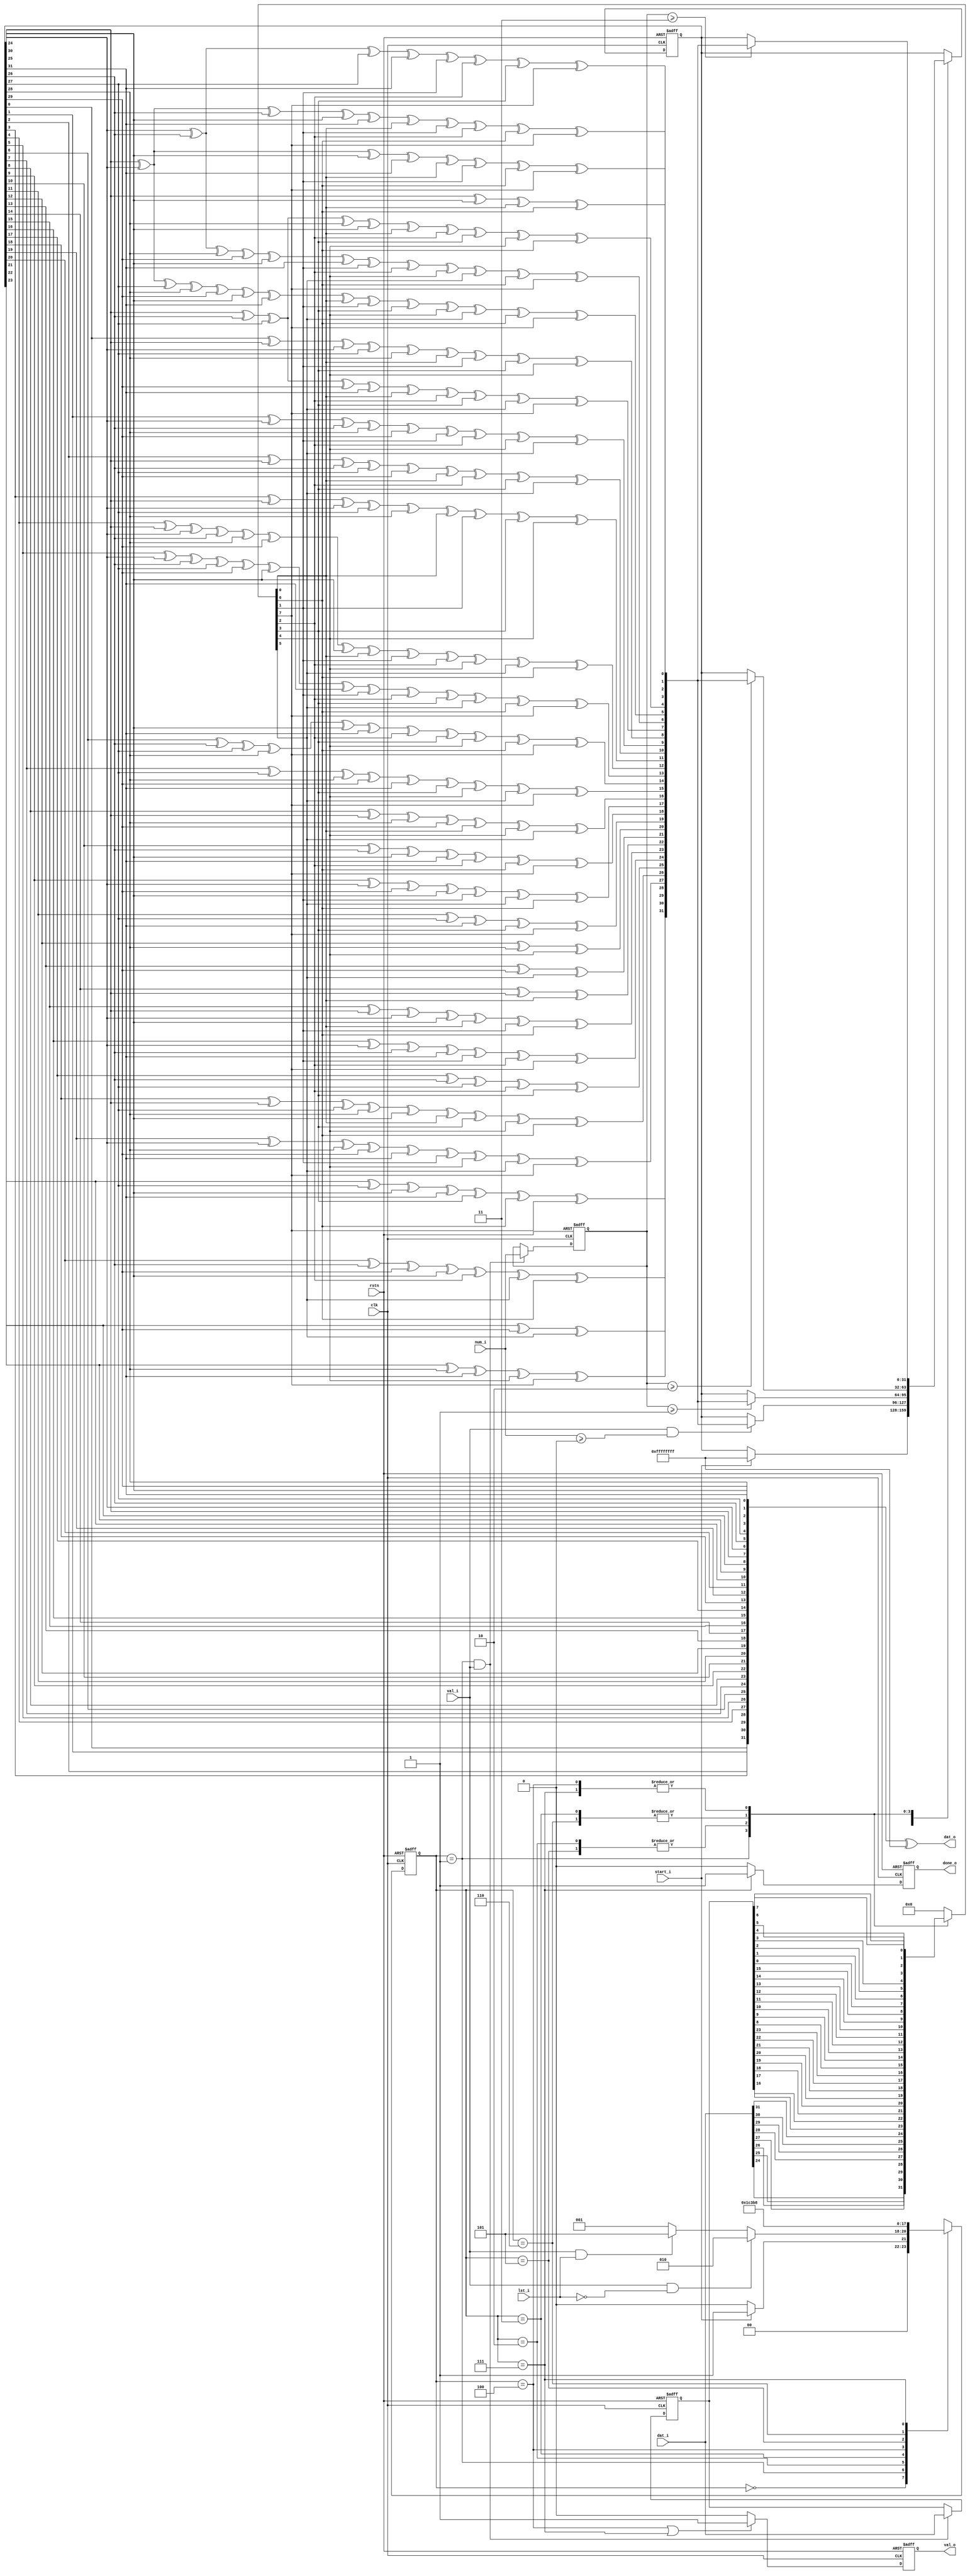
//------------------------------------------------------------------------------
  //
  //  Filename      : 
  //  Description   : 
  //  Author        : 
  //  Email         :
  //  Created       : xxxx-xx-xx
  //
//------------------------------------------------------------------------------

module crc32_core(
  clk    ,
  rstn   ,
  //
  start_i,
  val_i  ,
  dat_i  ,
  num_i  ,
  lst_i  ,
  //
  done_o ,
  val_o  ,
  dat_o
  );

//***   PARAMETER   ***********************************************************
  localparam DATA_WD    = 'd32;
  localparam NUM_WD     = 'd2 ;
  localparam CRC32_WD   = 'd32;

  // din process
  localparam DIN_WD     = 'd8 ;

  // fsm
  localparam FSM_WD     =  'd3;
  localparam IDLE       = 3'd0;
  localparam ACTV       = 3'd1;
  localparam PROC_2     = 3'd2;
  localparam PROC_3     = 3'd3;
  localparam PROC_4     = 3'd4;
  localparam LAST_2     = 3'd5;
  localparam LAST_3     = 3'd6;
  localparam LAST_4     = 3'd7;

//***   INPUT / OUTPUT   ******************************************************
  //
  input                         clk            ;
  input                         rstn           ;
  //
  input                         start_i        ;
  input                         val_i          ;
  input      [DATA_WD    -1 :0] dat_i          ;
  input      [NUM_WD     -1 :0] num_i          ; // means 1/2/3/4 most significant bytes are valid
  input                         lst_i          ;
  //
  output reg                    done_o         ;
  output reg                    val_o          ;
  output     [DATA_WD    -1 :0] dat_o          ;

//***   WIRE / REG   **********************************************************
  // fsm
  reg        [FSM_WD     -1 :0] cur_state_r    ;
  reg        [FSM_WD     -1 :0] nxt_state_w    ;

  // dat_i and num_i buffer
  reg        [DATA_WD    -1 :0] dat_i_buf_r    ;
  reg        [NUM_WD     -1 :0] num_i_buf_r    ;

  // crc32 and din in normal order
  reg        [DIN_WD     -1 :0] din_nrm_w      ;
  reg        [CRC32_WD   -1 :0] crc32_nrm_cur_r;
  reg        [CRC32_WD   -1 :0] crc32_nrm_nxt_w;

  // crc32 in reversed order
  wire       [CRC32_WD   -1 :0] crc32_rvs_cur_w;

//***   MAIN BODY   ***********************************************************
//---   FSM   ---------------------------------------------
  // curr state
  always @(posedge clk or negedge rstn) begin
    if (!rstn) begin
      cur_state_r <= IDLE;
    end
    else begin
      cur_state_r <= nxt_state_w;
    end
  end

  // next state
  always @(*) begin
    nxt_state_w = IDLE;
    case (cur_state_r)
      IDLE   : if (start_i)             nxt_state_w = ACTV  ;
               else                     nxt_state_w = IDLE  ;
      ACTV   : if (val_i && !lst_i)     nxt_state_w = PROC_2;
               else if (val_i && lst_i) nxt_state_w = LAST_2;
               else                     nxt_state_w = ACTV  ;
      PROC_2 :                          nxt_state_w = PROC_3;
      PROC_3 :                          nxt_state_w = PROC_4;
      PROC_4 :                          nxt_state_w = ACTV  ;
      LAST_2 :                          nxt_state_w = LAST_3;
      LAST_3 :                          nxt_state_w = LAST_4;
      LAST_4 :                          nxt_state_w = IDLE  ;
      default:                          nxt_state_w = IDLE  ;
    endcase
  end

//---   PREPARE   -----------------------------------------
  // dat_i and num_i buffer
  always @(posedge clk or negedge rstn) begin
    if (!rstn) begin
      dat_i_buf_r <= 'd0;
      num_i_buf_r <= 'd0;
    end
    else if (cur_state_r == ACTV && val_i) begin
      dat_i_buf_r <= dat_i;
      num_i_buf_r <= num_i;
    end
  end

  // reversed order dat_i/buf_r[31:24], [23:16], [15:8], [7:0] mapped to normal order din_nrm_w[7:0]
  always @(*) begin
    din_nrm_w = 'd0;
    case (cur_state_r)
      ACTV           : din_nrm_w = {dat_i[24]      , dat_i[25]      , dat_i[26]      , dat_i[27]      , dat_i[28]      , dat_i[29]      , dat_i[30]      , dat_i[31]      }; // look ahead
      PROC_2, LAST_2 : din_nrm_w = {dat_i_buf_r[16], dat_i_buf_r[17], dat_i_buf_r[18], dat_i_buf_r[19], dat_i_buf_r[20], dat_i_buf_r[21], dat_i_buf_r[22], dat_i_buf_r[23]};
      PROC_3, LAST_3 : din_nrm_w = {dat_i_buf_r[ 8], dat_i_buf_r[ 9], dat_i_buf_r[10], dat_i_buf_r[11], dat_i_buf_r[12], dat_i_buf_r[13], dat_i_buf_r[14], dat_i_buf_r[15]};
      PROC_4, LAST_4 : din_nrm_w = {dat_i_buf_r[ 0], dat_i_buf_r[ 1], dat_i_buf_r[ 2], dat_i_buf_r[ 3], dat_i_buf_r[ 4], dat_i_buf_r[ 5], dat_i_buf_r[ 6], dat_i_buf_r[ 7]};
      default: din_nrm_w = 'd0;
    endcase
  end

//---   CALC   --------------------------------------------
  // normal order crc32_nrm_cur_r[31:0]
  always @(posedge clk or negedge rstn) begin
    if (!rstn) begin
      crc32_nrm_cur_r <= 32'h0;
    end
    else begin
      case (cur_state_r)
        IDLE           : if (start_i)               crc32_nrm_cur_r <= 32'hffff_ffff  ;
        ACTV           : if (val_i && num_i >= 'd0) crc32_nrm_cur_r <= crc32_nrm_nxt_w; // look ahead
        PROC_2, LAST_2 : if (num_i_buf_r >= 'd1)    crc32_nrm_cur_r <= crc32_nrm_nxt_w;
        PROC_3, LAST_3 : if (num_i_buf_r >= 'd2)    crc32_nrm_cur_r <= crc32_nrm_nxt_w;
        PROC_4, LAST_4 : if (num_i_buf_r >= 'd3)    crc32_nrm_cur_r <= crc32_nrm_nxt_w;
        default: ;
      endcase
    end
  end

  // crc32_nrm_nxt_w[31:0] calculated according to crc32_nrm_cur_r[31:0] and din_nrm_w[7:0]
  // poly is 0x04C11DB7, these codes are modified according to easics crc generation tool
  always @(*) begin
    crc32_nrm_nxt_w[ 0] = crc32_nrm_cur_r[24] ^ crc32_nrm_cur_r[30] ^ din_nrm_w[0] ^ din_nrm_w[6];
    crc32_nrm_nxt_w[ 1] = crc32_nrm_cur_r[24] ^ crc32_nrm_cur_r[25] ^ crc32_nrm_cur_r[30] ^ crc32_nrm_cur_r[31] ^ din_nrm_w[0] ^ din_nrm_w[1] ^ din_nrm_w[6] ^ din_nrm_w[7];
    crc32_nrm_nxt_w[ 2] = crc32_nrm_cur_r[24] ^ crc32_nrm_cur_r[25] ^ crc32_nrm_cur_r[26] ^ crc32_nrm_cur_r[30] ^ crc32_nrm_cur_r[31] ^ din_nrm_w[0] ^ din_nrm_w[1] ^ din_nrm_w[2] ^ din_nrm_w[6] ^ din_nrm_w[7];
    crc32_nrm_nxt_w[ 3] = crc32_nrm_cur_r[25] ^ crc32_nrm_cur_r[26] ^ crc32_nrm_cur_r[27] ^ crc32_nrm_cur_r[31] ^ din_nrm_w[1] ^ din_nrm_w[2] ^ din_nrm_w[3] ^ din_nrm_w[7];
    crc32_nrm_nxt_w[ 4] = crc32_nrm_cur_r[24] ^ crc32_nrm_cur_r[26] ^ crc32_nrm_cur_r[27] ^ crc32_nrm_cur_r[28] ^ crc32_nrm_cur_r[30] ^ din_nrm_w[0] ^ din_nrm_w[2] ^ din_nrm_w[3] ^ din_nrm_w[4] ^ din_nrm_w[6];
    crc32_nrm_nxt_w[ 5] = crc32_nrm_cur_r[24] ^ crc32_nrm_cur_r[25] ^ crc32_nrm_cur_r[27] ^ crc32_nrm_cur_r[28] ^ crc32_nrm_cur_r[29] ^ crc32_nrm_cur_r[30] ^ crc32_nrm_cur_r[31] ^ din_nrm_w[0] ^ din_nrm_w[1] ^ din_nrm_w[3] ^ din_nrm_w[4] ^ din_nrm_w[5] ^ din_nrm_w[6] ^ din_nrm_w[7];
    crc32_nrm_nxt_w[ 6] = crc32_nrm_cur_r[25] ^ crc32_nrm_cur_r[26] ^ crc32_nrm_cur_r[28] ^ crc32_nrm_cur_r[29] ^ crc32_nrm_cur_r[30] ^ crc32_nrm_cur_r[31] ^ din_nrm_w[1] ^ din_nrm_w[2] ^ din_nrm_w[4] ^ din_nrm_w[5] ^ din_nrm_w[6] ^ din_nrm_w[7];
    crc32_nrm_nxt_w[ 7] = crc32_nrm_cur_r[24] ^ crc32_nrm_cur_r[26] ^ crc32_nrm_cur_r[27] ^ crc32_nrm_cur_r[29] ^ crc32_nrm_cur_r[31] ^ din_nrm_w[0] ^ din_nrm_w[2] ^ din_nrm_w[3] ^ din_nrm_w[5] ^ din_nrm_w[7];
    crc32_nrm_nxt_w[ 8] = crc32_nrm_cur_r[ 0] ^ crc32_nrm_cur_r[24] ^ crc32_nrm_cur_r[25] ^ crc32_nrm_cur_r[27] ^ crc32_nrm_cur_r[28] ^ din_nrm_w[0] ^ din_nrm_w[1] ^ din_nrm_w[3] ^ din_nrm_w[4];
    crc32_nrm_nxt_w[ 9] = crc32_nrm_cur_r[ 1] ^ crc32_nrm_cur_r[25] ^ crc32_nrm_cur_r[26] ^ crc32_nrm_cur_r[28] ^ crc32_nrm_cur_r[29] ^ din_nrm_w[1] ^ din_nrm_w[2] ^ din_nrm_w[4] ^ din_nrm_w[5];
    crc32_nrm_nxt_w[10] = crc32_nrm_cur_r[ 2] ^ crc32_nrm_cur_r[24] ^ crc32_nrm_cur_r[26] ^ crc32_nrm_cur_r[27] ^ crc32_nrm_cur_r[29] ^ din_nrm_w[0] ^ din_nrm_w[2] ^ din_nrm_w[3] ^ din_nrm_w[5];
    crc32_nrm_nxt_w[11] = crc32_nrm_cur_r[ 3] ^ crc32_nrm_cur_r[24] ^ crc32_nrm_cur_r[25] ^ crc32_nrm_cur_r[27] ^ crc32_nrm_cur_r[28] ^ din_nrm_w[0] ^ din_nrm_w[1] ^ din_nrm_w[3] ^ din_nrm_w[4];
    crc32_nrm_nxt_w[12] = crc32_nrm_cur_r[ 4] ^ crc32_nrm_cur_r[24] ^ crc32_nrm_cur_r[25] ^ crc32_nrm_cur_r[26] ^ crc32_nrm_cur_r[28] ^ crc32_nrm_cur_r[29] ^ crc32_nrm_cur_r[30] ^ din_nrm_w[0] ^ din_nrm_w[1] ^ din_nrm_w[2] ^ din_nrm_w[4] ^ din_nrm_w[5] ^ din_nrm_w[6];
    crc32_nrm_nxt_w[13] = crc32_nrm_cur_r[ 5] ^ crc32_nrm_cur_r[25] ^ crc32_nrm_cur_r[26] ^ crc32_nrm_cur_r[27] ^ crc32_nrm_cur_r[29] ^ crc32_nrm_cur_r[30] ^ crc32_nrm_cur_r[31] ^ din_nrm_w[1] ^ din_nrm_w[2] ^ din_nrm_w[3] ^ din_nrm_w[5] ^ din_nrm_w[6] ^ din_nrm_w[7];
    crc32_nrm_nxt_w[14] = crc32_nrm_cur_r[ 6] ^ crc32_nrm_cur_r[26] ^ crc32_nrm_cur_r[27] ^ crc32_nrm_cur_r[28] ^ crc32_nrm_cur_r[30] ^ crc32_nrm_cur_r[31] ^ din_nrm_w[2] ^ din_nrm_w[3] ^ din_nrm_w[4] ^ din_nrm_w[6] ^ din_nrm_w[7];
    crc32_nrm_nxt_w[15] = crc32_nrm_cur_r[ 7] ^ crc32_nrm_cur_r[27] ^ crc32_nrm_cur_r[28] ^ crc32_nrm_cur_r[29] ^ crc32_nrm_cur_r[31] ^ din_nrm_w[3] ^ din_nrm_w[4] ^ din_nrm_w[5] ^ din_nrm_w[7];
    crc32_nrm_nxt_w[16] = crc32_nrm_cur_r[ 8] ^ crc32_nrm_cur_r[24] ^ crc32_nrm_cur_r[28] ^ crc32_nrm_cur_r[29] ^ din_nrm_w[0] ^ din_nrm_w[4] ^ din_nrm_w[5];
    crc32_nrm_nxt_w[17] = crc32_nrm_cur_r[ 9] ^ crc32_nrm_cur_r[25] ^ crc32_nrm_cur_r[29] ^ crc32_nrm_cur_r[30] ^ din_nrm_w[1] ^ din_nrm_w[5] ^ din_nrm_w[6];
    crc32_nrm_nxt_w[18] = crc32_nrm_cur_r[10] ^ crc32_nrm_cur_r[26] ^ crc32_nrm_cur_r[30] ^ crc32_nrm_cur_r[31] ^ din_nrm_w[2] ^ din_nrm_w[6] ^ din_nrm_w[7];
    crc32_nrm_nxt_w[19] = crc32_nrm_cur_r[11] ^ crc32_nrm_cur_r[27] ^ crc32_nrm_cur_r[31] ^ din_nrm_w[3] ^ din_nrm_w[7];
    crc32_nrm_nxt_w[20] = crc32_nrm_cur_r[12] ^ crc32_nrm_cur_r[28] ^ din_nrm_w[4];
    crc32_nrm_nxt_w[21] = crc32_nrm_cur_r[13] ^ crc32_nrm_cur_r[29] ^ din_nrm_w[5];
    crc32_nrm_nxt_w[22] = crc32_nrm_cur_r[14] ^ crc32_nrm_cur_r[24] ^ din_nrm_w[0];
    crc32_nrm_nxt_w[23] = crc32_nrm_cur_r[15] ^ crc32_nrm_cur_r[24] ^ crc32_nrm_cur_r[25] ^ crc32_nrm_cur_r[30] ^ din_nrm_w[0] ^ din_nrm_w[1] ^ din_nrm_w[6];
    crc32_nrm_nxt_w[24] = crc32_nrm_cur_r[16] ^ crc32_nrm_cur_r[25] ^ crc32_nrm_cur_r[26] ^ crc32_nrm_cur_r[31] ^ din_nrm_w[1] ^ din_nrm_w[2] ^ din_nrm_w[7];
    crc32_nrm_nxt_w[25] = crc32_nrm_cur_r[17] ^ crc32_nrm_cur_r[26] ^ crc32_nrm_cur_r[27] ^ din_nrm_w[2] ^ din_nrm_w[3];
    crc32_nrm_nxt_w[26] = crc32_nrm_cur_r[18] ^ crc32_nrm_cur_r[24] ^ crc32_nrm_cur_r[27] ^ crc32_nrm_cur_r[28] ^ crc32_nrm_cur_r[30] ^ din_nrm_w[0] ^ din_nrm_w[3] ^ din_nrm_w[4] ^ din_nrm_w[6];
    crc32_nrm_nxt_w[27] = crc32_nrm_cur_r[19] ^ crc32_nrm_cur_r[25] ^ crc32_nrm_cur_r[28] ^ crc32_nrm_cur_r[29] ^ crc32_nrm_cur_r[31] ^ din_nrm_w[1] ^ din_nrm_w[4] ^ din_nrm_w[5] ^ din_nrm_w[7];
    crc32_nrm_nxt_w[28] = crc32_nrm_cur_r[20] ^ crc32_nrm_cur_r[26] ^ crc32_nrm_cur_r[29] ^ crc32_nrm_cur_r[30] ^ din_nrm_w[2] ^ din_nrm_w[5] ^ din_nrm_w[6];
    crc32_nrm_nxt_w[29] = crc32_nrm_cur_r[21] ^ crc32_nrm_cur_r[27] ^ crc32_nrm_cur_r[30] ^ crc32_nrm_cur_r[31] ^ din_nrm_w[3] ^ din_nrm_w[6] ^ din_nrm_w[7];
    crc32_nrm_nxt_w[30] = crc32_nrm_cur_r[22] ^ crc32_nrm_cur_r[28] ^ crc32_nrm_cur_r[31] ^ din_nrm_w[4] ^ din_nrm_w[7];
    crc32_nrm_nxt_w[31] = crc32_nrm_cur_r[23] ^ crc32_nrm_cur_r[29] ^ din_nrm_w[5];
  end

//---   OUTPUT   ------------------------------------------
  // normal order crc32_nrm_cur_r[31:0] mapped to reversed order crc32_rvs_cur_w[31:0]
  assign crc32_rvs_cur_w = {crc32_nrm_cur_r[ 0], crc32_nrm_cur_r[ 1], crc32_nrm_cur_r[ 2], crc32_nrm_cur_r[ 3],
                            crc32_nrm_cur_r[ 4], crc32_nrm_cur_r[ 5], crc32_nrm_cur_r[ 6], crc32_nrm_cur_r[ 7],
                            crc32_nrm_cur_r[ 8], crc32_nrm_cur_r[ 9], crc32_nrm_cur_r[10], crc32_nrm_cur_r[11],
                            crc32_nrm_cur_r[12], crc32_nrm_cur_r[13], crc32_nrm_cur_r[14], crc32_nrm_cur_r[15],
                            crc32_nrm_cur_r[16], crc32_nrm_cur_r[17], crc32_nrm_cur_r[18], crc32_nrm_cur_r[19],
                            crc32_nrm_cur_r[20], crc32_nrm_cur_r[21], crc32_nrm_cur_r[22], crc32_nrm_cur_r[23],
                            crc32_nrm_cur_r[24], crc32_nrm_cur_r[25], crc32_nrm_cur_r[26], crc32_nrm_cur_r[27],
                            crc32_nrm_cur_r[28], crc32_nrm_cur_r[29], crc32_nrm_cur_r[30], crc32_nrm_cur_r[31] };

  // reversed order crc32_rvs_cur_w[31:0] xor with 0xFFFFFFFF
  assign dat_o = crc32_rvs_cur_w ^ 32'hffff_ffff;

  // val_o
  always @(posedge clk or negedge rstn) begin
    if (!rstn) begin
      val_o <= 'd0;
    end
    else begin
      if (cur_state_r == PROC_4 || cur_state_r == LAST_4) begin
        val_o <= 'd1;
      end
      else begin
        val_o <= 'd0;
      end
    end
  end

  // done_o
  always @(posedge clk or negedge rstn) begin
    if (!rstn) begin
      done_o <= 'd0;
    end
    else begin
      if (cur_state_r == LAST_4) begin
        done_o <= 'd1;
      end
      else begin
        done_o <= 'd0;
      end
    end
  end


endmodule